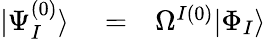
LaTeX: \begin{array}{rlr}{|\Psi_{I}^{(0)}\rangle}&{{}=}&{\Omega^{I(0)}|\Phi_{I}\rangle}\end{array}